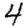
Digit: 4